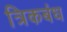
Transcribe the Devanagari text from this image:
त्रिकबंध